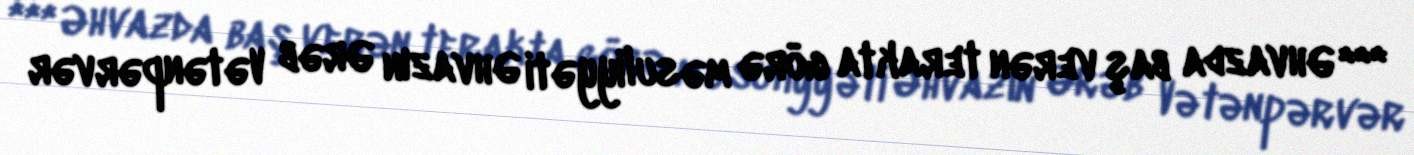
*** Əhvazda baş verən terakta görə məsuliyyəti Əhvazın Ərəb Vətənpərvər